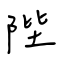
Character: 陛